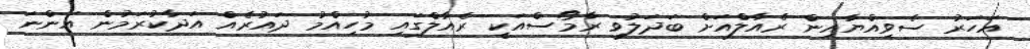
އަހަރު ސެވިއްޔާއިން ރެއާލްއަށް ބަދަލުވި ރާމޯސްއަކީ ރެއާލްގައި މުހިއްމު ދައުރެއް އަދާކުރަމުން އަންނަ